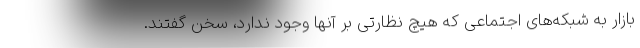
بازار به شبکه‌های اجتماعی که هیچ نظارتی بر آنها وجود ندارد، سخن گفتند.